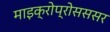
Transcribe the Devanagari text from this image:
माइक्रोप्रोसससर